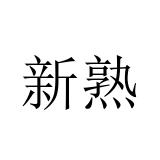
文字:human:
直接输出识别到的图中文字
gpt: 新熟